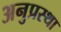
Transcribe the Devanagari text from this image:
अनुप्रस्था